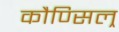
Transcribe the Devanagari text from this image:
कौण्सिल्र